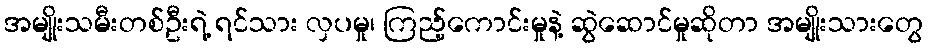
အမျိုးသမီးတစ်ဦးရဲ့ ရင်သား လှပမှု၊ ကြည့်ကောင်းမှုနဲ့ ဆွဲဆောင်မှုဆိုတာ အမျိုးသားတွေ